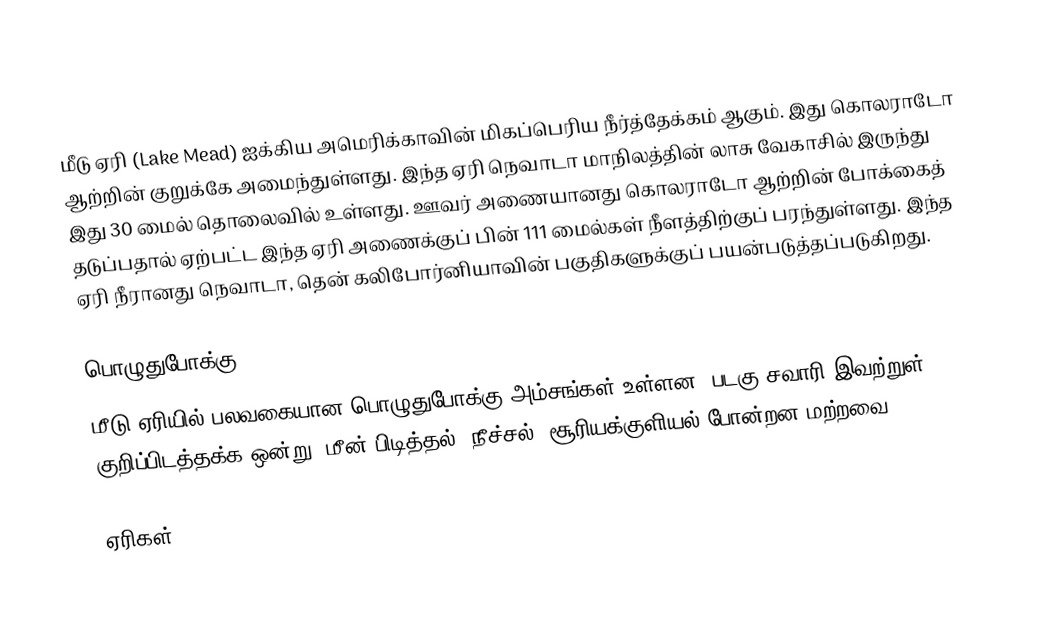
மீடு ஏரி (Lake Mead) ஐக்கிய அமெரிக்காவின் மிகப்பெரிய நீர்த்தேக்கம் ஆகும். இது கொலராடோ ஆற்றின் குறுக்கே அமைந்துள்ளது. இந்த ஏரி நெவாடா மாநிலத்தின் லாசு வேகாசில் இருந்து இது 30 மைல் தொலைவில் உள்ளது. ஊவர் அணையானது கொலராடோ ஆற்றின் போக்கைத் தடுப்பதால் ஏற்பட்ட இந்த ஏரி அணைக்குப் பின் 111 மைல்கள் நீளத்திற்குப் பரந்துள்ளது. இந்த ஏரி நீரானது நெவாடா, தென் கலிபோர்னியாவின் பகுதிகளுக்குப் பயன்படுத்தப்படுகிறது.

பொழுதுபோக்கு
மீடு ஏரியில் பலவகையான பொழுதுபோக்கு அம்சங்கள் உள்ளன. படகு சவாரி இவற்றுள் குறிப்பிடத்தக்க ஒன்று. மீன் பிடித்தல், நீச்சல், சூரியக்குளியல் போன்றன மற்றவை.

ஏரிகள்